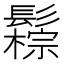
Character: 𩯖